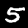
Digit: 5